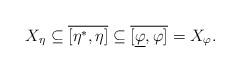
LaTeX: \begin{align*}X_\eta\subseteq \overline{[\eta^*,\eta]}\subseteq \overline{[\underline{\varphi},\varphi]} =X_\varphi.\end{align*}